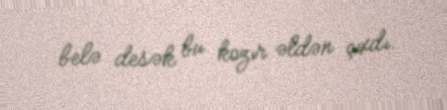
belə desək bu kozır əldən çıxdı.